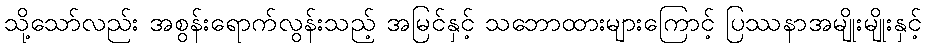
သို့သော်လည်း အစွန်းရောက်လွန်းသည့် အမြင်နှင့် သဘောထားများကြောင့် ပြဿနာအမျိုးမျိုးနှင့်